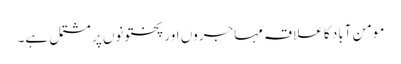
مومن آباد کا علاقہ مہاجروں اور پختونوں پر مشتمل ہے۔